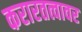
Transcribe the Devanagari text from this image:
करारतत्वावर